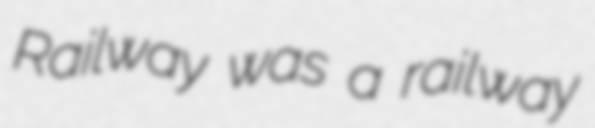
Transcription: Railway was a railway